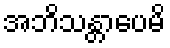
အဘိသန္တာပေမိ